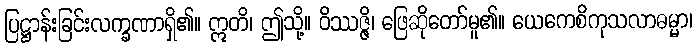
ပြဋ္ဌာန်းခြင်းလက္ခဏာရှိ၏။ ဣတိ၊ ဤသို့။ ဝိဿဇ္ဇိ၊ ဖြေဆိုတော်မူ၏။ ယေကေစိကုသလာဓမ္မာ၊